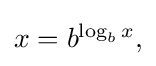
{\textstyle x=b^{\log _{b}x},}